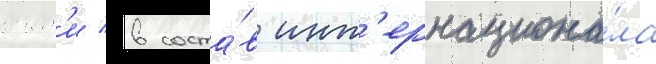
воит'и в соста́в инт'ернациона́ла